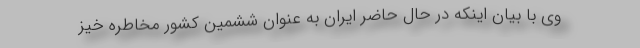
وی با بیان اینکه در حال حاضر ایران به عنوان ششمین کشور مخاطره خیز